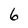
Character: 6